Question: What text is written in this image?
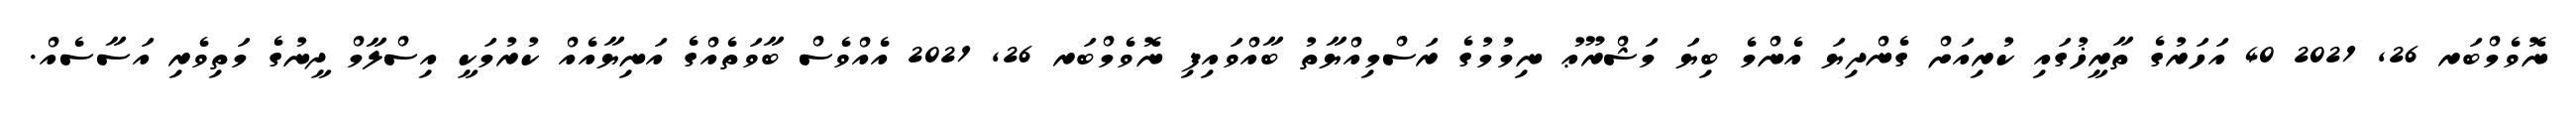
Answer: ނޮވެމްބަރ 26, 2021 40 އަހަރުގެ ތާރީޚުގައި ކުރިއަށް ގެންދިޔަ އެންމެ ބިޔަ މަޝްރޫޢު ނިމުމުގެ ރަސްމިއްޔާތު ބާއްވައިފި ނޮވެމްބަރ 26, 2021 އެއްވެސް ބާވަތެއްގެ އަނިޔާއެއް ކުރުމަކީ އިސްލާމް ދީނުގެ މަތިވެރި އަސާސެއް.